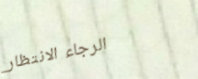
الرجاء الانتظار